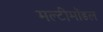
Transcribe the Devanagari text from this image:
मल्टीमॉडल